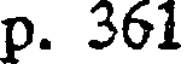
p. 361